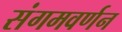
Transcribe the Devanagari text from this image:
संगमवर्णन